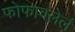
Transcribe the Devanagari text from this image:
फोफावलेलं